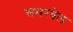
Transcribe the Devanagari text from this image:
समरवेल